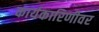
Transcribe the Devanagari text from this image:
कार्यकारिणीवर